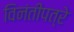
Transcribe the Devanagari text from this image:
विनंतीपत्रे